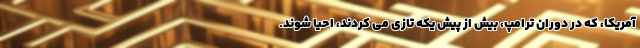
آمریکا، که در دوران ترامپ، بیش از پیش یکه تازی می کردند، احیا شوند.